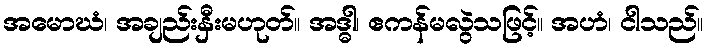
အမောဃံ၊ အချည်းနှီးမဟုတ်။ အဒ္ဓါ၊ ဧကန်မလွဲသဖြင့်။ အဟံ၊ ငါသည်။